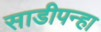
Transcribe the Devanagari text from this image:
साडीपन्हा